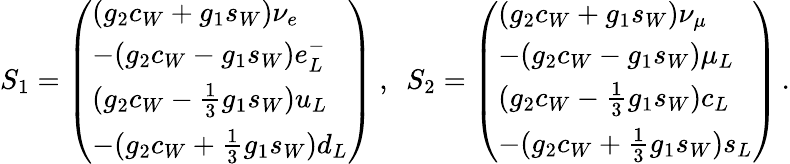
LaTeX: S_{1}=\left(\begin{array}{l}{{(g_{2}c_{W}+g_{1}s_{W})\nu_{e}}}\\ {{-(g_{2}c_{W}-g_{1}s_{W})e_{L}^{-}}}\\ {{(g_{2}c_{W}-{\frac{1}{3}}g_{1}s_{W})u_{L}}}\\ {{-(g_{2}c_{W}+{\frac{1}{3}}g_{1}s_{W})d_{L}}}\end{array}\right)~,~~S_{2}=\left(\begin{array}{l}{{(g_{2}c_{W}+g_{1}s_{W})\nu_{\mu}}}\\ {{-(g_{2}c_{W}-g_{1}s_{W})\mu_{L}}}\\ {{(g_{2}c_{W}-{\frac{1}{3}}g_{1}s_{W})c_{L}}}\\ {{-(g_{2}c_{W}+{\frac{1}{3}}g_{1}s_{W})s_{L}}}\end{array}\right)\, .